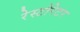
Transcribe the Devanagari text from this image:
रेस्टोरेटर